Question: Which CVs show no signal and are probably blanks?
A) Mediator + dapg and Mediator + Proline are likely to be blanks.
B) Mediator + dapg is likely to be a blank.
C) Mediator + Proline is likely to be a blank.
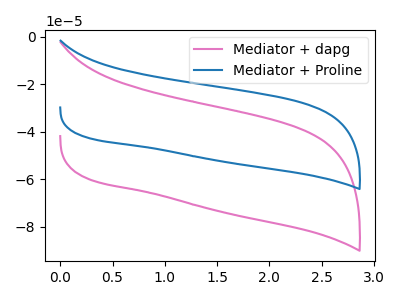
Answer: <think>The pink curve "Mediator + dapg" has no peaks. The blue curve "Mediator + Proline" has no peaks.</think>
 <answer>A) "Mediator + dapg" and "Mediator + Proline" are likely to be blanks.</answer>
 <eval>A</eval>